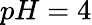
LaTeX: pH=4